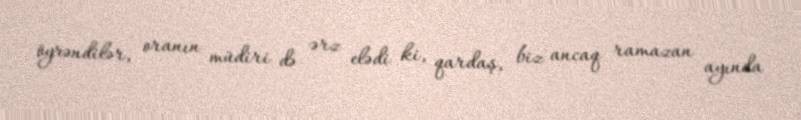
öyrəndilər, oranın müdiri də ərz elədi ki, qardaş, biz ancaq ramazan ayında